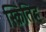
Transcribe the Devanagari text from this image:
स्क्रितिह